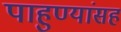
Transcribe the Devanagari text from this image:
पाहुण्यांसह